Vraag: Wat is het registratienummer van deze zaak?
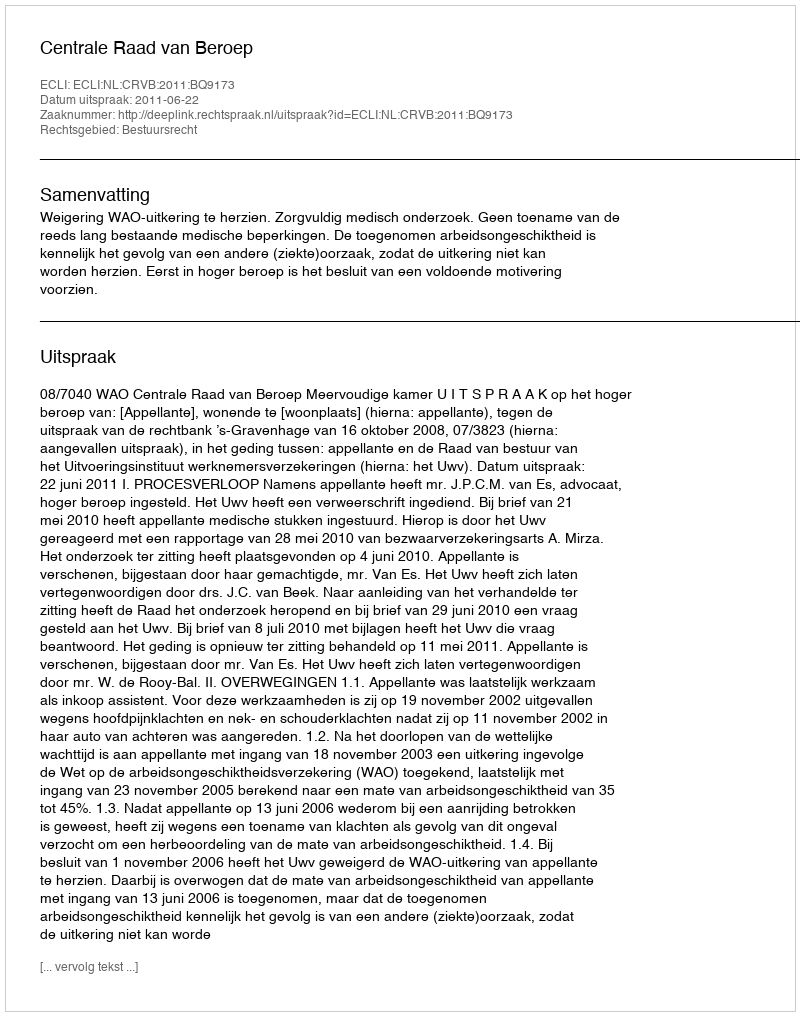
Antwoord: http://deeplink.rechtspraak.nl/uitspraak?id=ECLI:NL:CRVB:2011:BQ9173